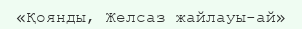
«Қоянды, Желсаз жайлауы-ай»